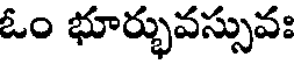
ఓం భూర్భువస్సువః